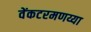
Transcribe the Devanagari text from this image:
वेंकटरमणय्या